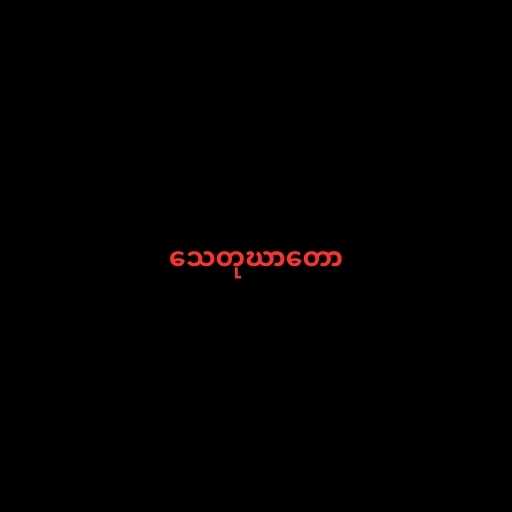
သေတုဃာတော